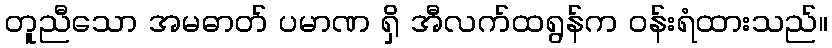
တူညီသော အမဓာတ် ပမာဏ ရှိ အီလက်ထရွန်က ဝန်းရံထားသည်။